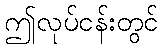
ဤလုပ်ငန်းတွင်